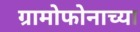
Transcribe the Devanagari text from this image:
ग्रामोफोनाच्या